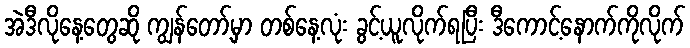
အဲဒီလိုနေ့တွေဆို ကျွန်တော့်မှာ တစ်နေ့လုံး ခွင့်ယူလိုက်ရပြီး ဒီကောင့်နောက်ကိုလိုက်